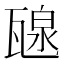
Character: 𤭯